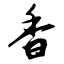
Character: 香